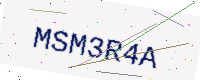
Text: MSM3R4A